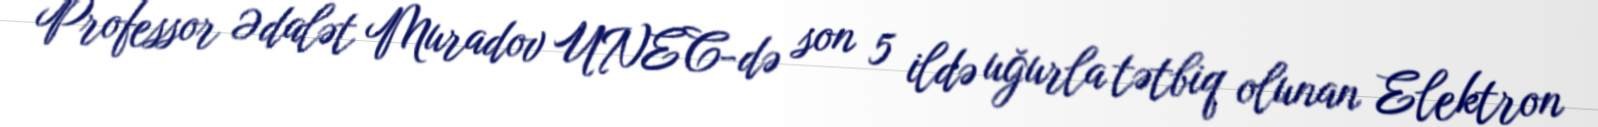
Professor Ədalət Muradov UNEC-də son 5 ildə uğurla tətbiq olunan Elektron